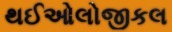
થઈઓલોજીકલ